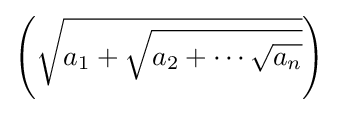
\left({\sqrt {a_{1}+{\sqrt {a_{2}+\cdots {\sqrt {a_{n}}}}}}}\right)